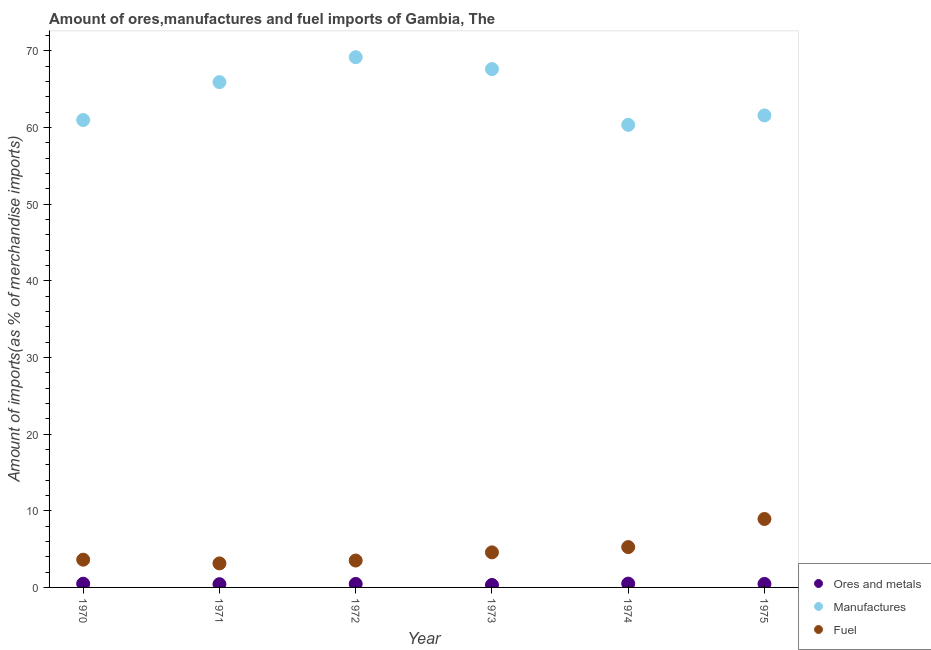
| Year | Ores and metals | Manufactures | Fuel |
 | --- | --- | --- | --- |
 | 1970 | 0.486 | 61 | 3.62 |
 | 1971 | 0.422 | 65.9 | 3.13 |
 | 1972 | 0.456 | 69.2 | 3.51 |
 | 1973 | 0.32 | 67.6 | 4.57 |
 | 1974 | 0.496 | 60.3 | 5.26 |
 | 1975 | 0.456 | 61.6 | 8.93 |